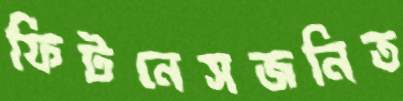
ফিটনেসজনিত